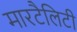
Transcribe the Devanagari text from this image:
मारटैलिटी